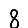
Digit: 8